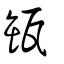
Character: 缻